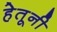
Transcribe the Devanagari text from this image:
हेतूनी